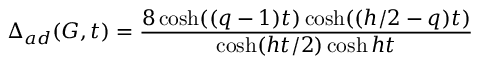
\Delta _ { a d } ( G , t ) = \frac { 8 \cosh ( ( q - 1 ) t ) \cosh ( ( h / 2 - q ) t ) } { \cosh ( h t / 2 ) \cosh h t }